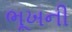
ભૂખની